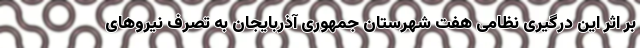
بر اثر این درگیری نظامی هفت شهرستان جمهوری آذربایجان به تصرف نیروهای